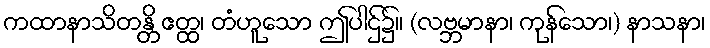
ကထာနာသိတန္တိ ဧတ္ထ၊ တံဟူသော ဤပါဌ်၌။ (လဗ္ဘမာနာ၊ ကုန်သော၊) နာသနာ၊